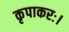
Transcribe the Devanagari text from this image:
कृपाकरः।